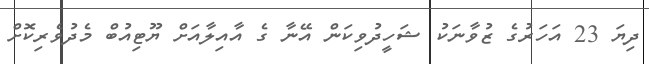
ދިޔަ 23 އަހަރުގެ ޒުވާނަކު ޝަހީދުވިކަން އޭނާ ގެ އާއިލާއަށް ޔޫޓިއުބް މެދުވެރިކޮށް